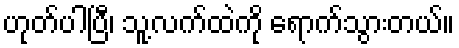
ဟုတ်ပါပြီ၊ သူ့လက်ထဲကို ရောက်သွားတယ်။